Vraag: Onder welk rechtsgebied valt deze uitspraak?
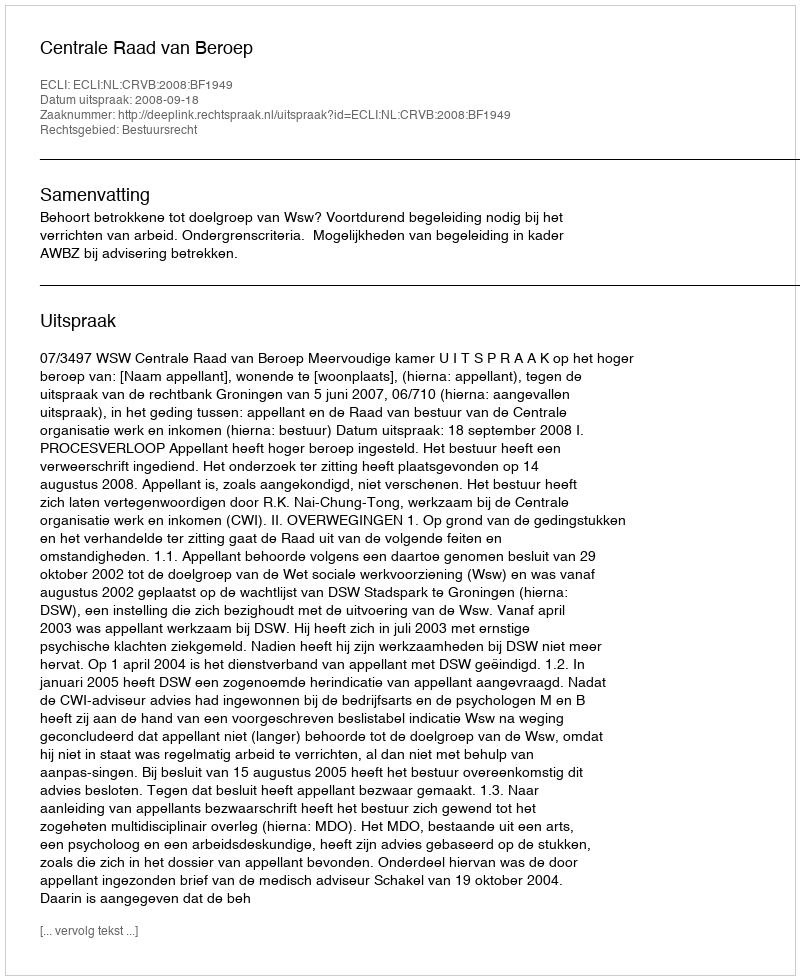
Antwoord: Bestuursrecht